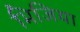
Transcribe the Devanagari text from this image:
भिजिया